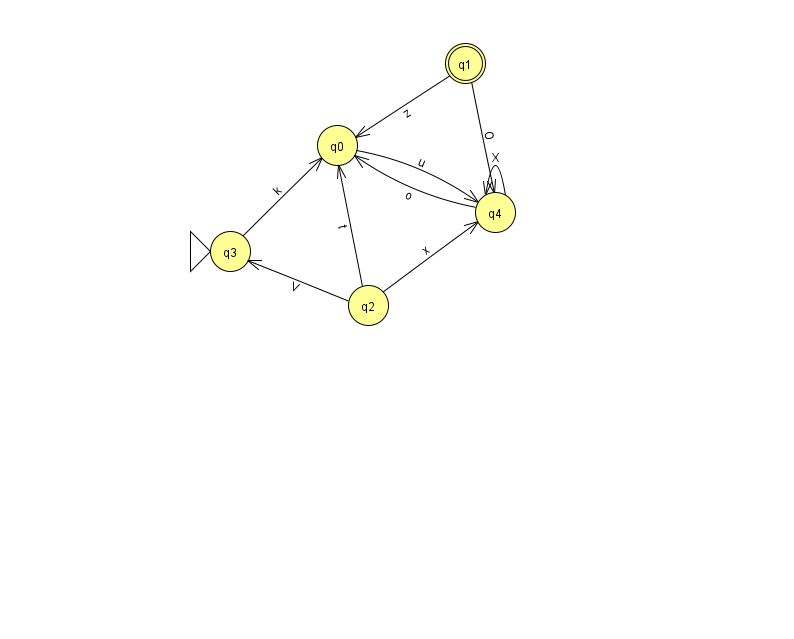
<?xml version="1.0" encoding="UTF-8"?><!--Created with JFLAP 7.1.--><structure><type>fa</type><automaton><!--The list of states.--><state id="0" name="q0"><x>337.0</x><y>132.0</y></state><state id="1" name="q1"><x>465.0</x><y>50.0</y><final/></state><state id="2" name="q2"><x>368.0</x><y>292.0</y></state><state id="3" name="q3"><x>230.0</x><y>238.0</y><initial/></state><state id="4" name="q4"><x>495.0</x><y>199.0</y></state><!--The list of transitions.--><transition><from>2</from><to>0</to><read>t</read></transition><transition><from>2</from><to>4</to><read>x</read></transition><transition><from>4</from><to>0</to><read>o</read></transition><transition><from>1</from><to>0</to><read>z</read></transition><transition><from>2</from><to>3</to><read>V</read></transition><transition><from>0</from><to>4</to><read>u</read></transition><transition><from>4</from><to>4</to><read>X</read></transition><transition><from>1</from><to>4</to><read>O</read></transition><transition><from>3</from><to>0</to><read>k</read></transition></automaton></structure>